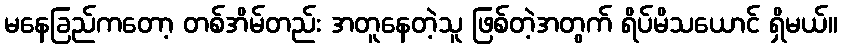
မနေခြည်ကတော့ တစ်အိမ်တည်း အတူနေတဲ့သူ ဖြစ်တဲ့အတွက် ရိပ်မိသယောင် ရှိမယ်။